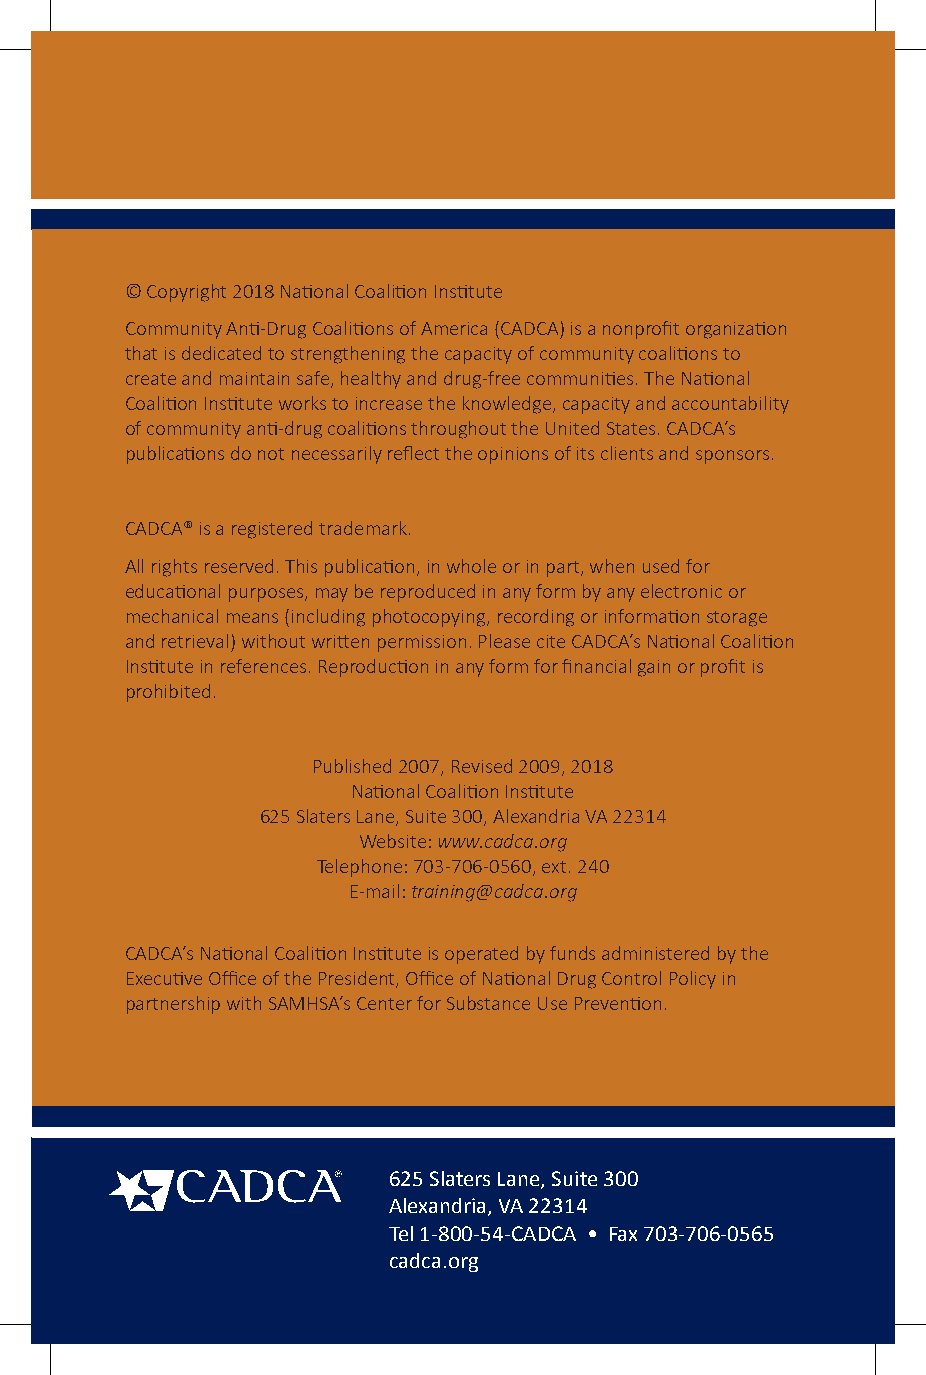
© Copyright 2018 National Coalition Institute
 Community Anti-Drug Coalitions of America (CADCA) is a nonprofit organization
 that is dedicated to strengthening the capacity of community coalitions to
 create and maintain safe, healthy and drug-free communities. The National
 Coalition Institute works to increase the knowledge, capacity and accountability
 of community anti-drug coalitions throughout the United States. CADCA’s
 publications do not necessarily reflect the opinions of its clients and sponsors.
 CADCA® is a registered trademark.
 All rights reserved. This publication, in whole or in part, when used for
 educational purposes, may be reproduced in any form by any electronic or
 mechanical means (including photocopying, recording or information storage
 and retrieval) without written permission. Please cite CADCA’s National Coalition
 Institute in references. Reproduction in any form for financial gain or profit is
 prohibited.
 Published 2007, Revised 2009, 2018
 National Coalition Institute
 625 Slaters Lane, Suite 300, Alexandria VA 22314
 Website: www.cadca.org
 Telephone: 703-706-0560, ext. 240
 E-mail: training@cadca.org
 CADCA’s National Coalition Institute is operated by funds administered by the
 Executive Office of the President, Office of National Drug Control Policy in
 partnership with SAMHSA’s Center for Substance Use Prevention.
 625 Slaters Lane, Suite 300
 Alexandria, VA 22314
 Tel 1-800-54-CADCA • Fax 703-706-0565
 cadca.org
 CADCA Primer Series—Community Assessment | 54